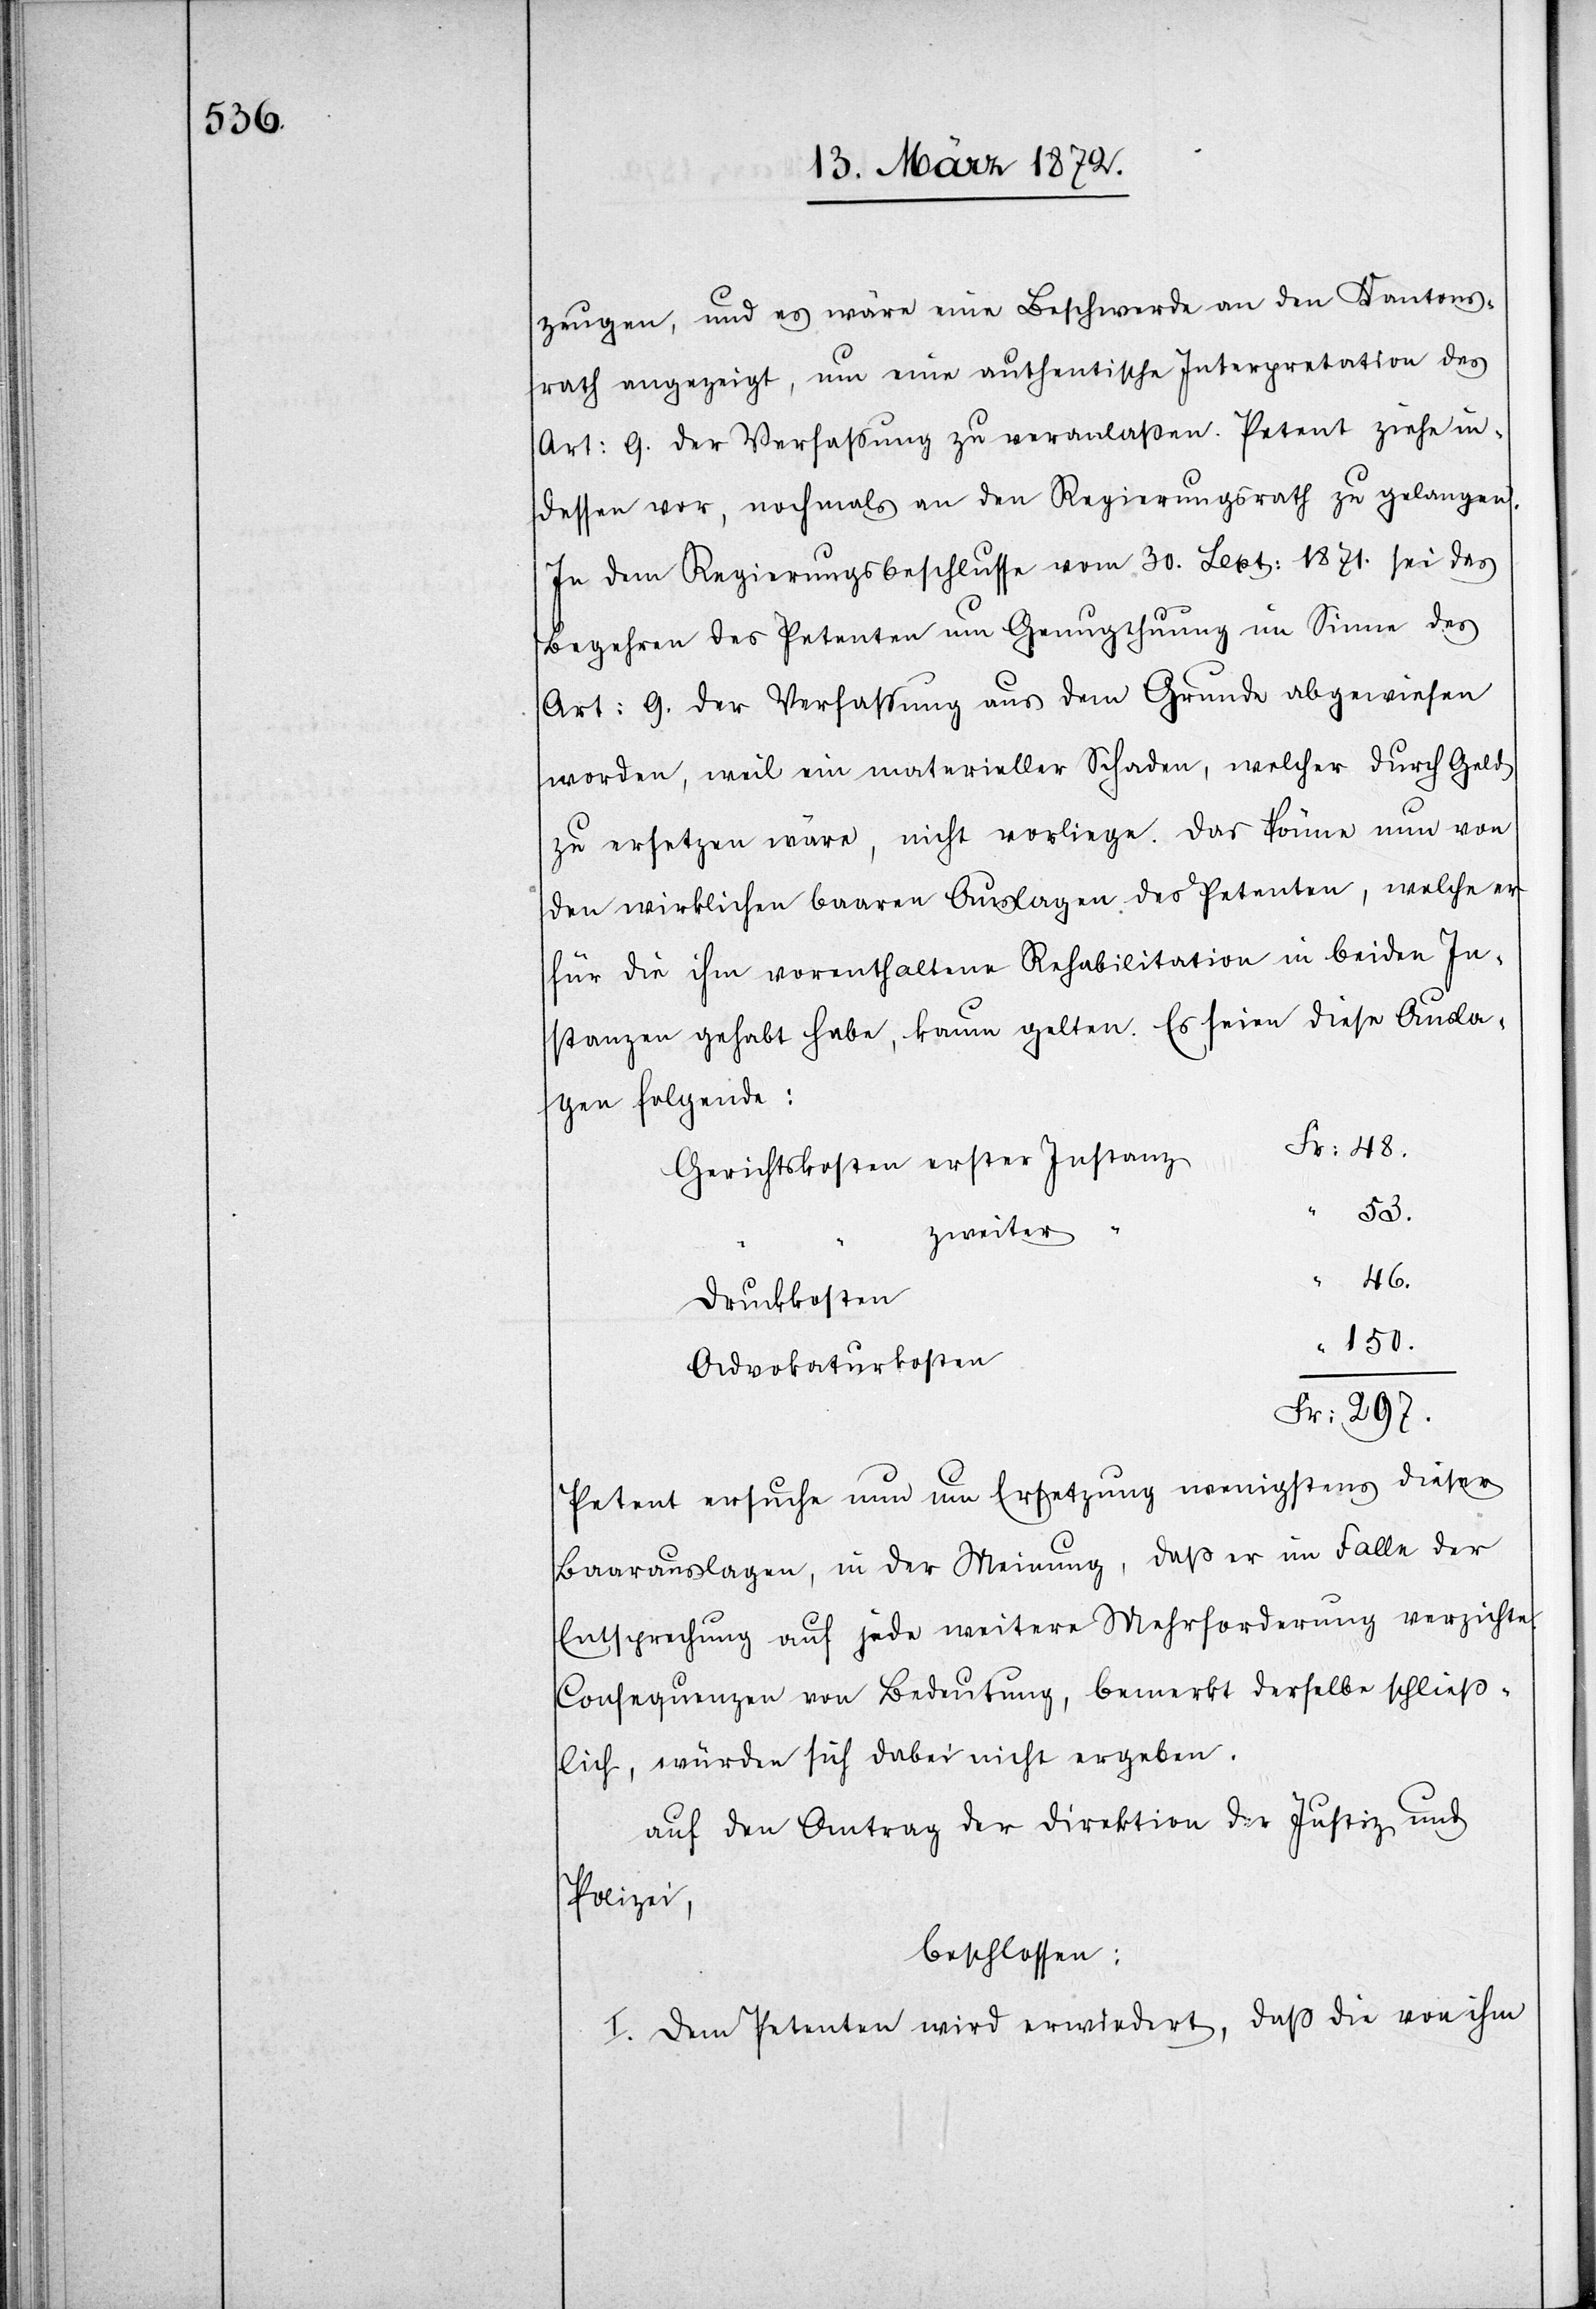
zeugen, und es wäre eine Beschwerde an den Kantons¬
rath angezeigt, um eine authentische Interpretation des
Art: 9. der Verfassung zu veranlaßen. Petent ziehe in¬
dessen vor, nochmals an den Regierungsrath zu gelangen.
In dem Regierungsbeschlusse vom 30. Sept: 1871. sei das
Begehren des Petenten um Genugthuung im Sinne des
Art: 9. der Verfassung aus dem Grunde abgewiesen
worden, weil ein materieller Schaden, welcher durch Geld
zu ersetzen wäre, nicht vorliege. Das könne nun von
den wirklichen baaren Auslagen des Petenten, welche er
für die ihm vorenthaltene Rehabilitation in beiden In¬
stanzen gehabt habe, kaum gelten. Es seien diese Ausla¬
gen folgende:
Fr: 48.
Gerichtskosten erster Instanz
53.
zweiter
“
46.
Druckkosten
150.
Advokaturkosten
Fr: 297.
Petent ersuche nun um Ersetzung wenigstens dieser
Baarauslagen, in der Meinung, daß er im Falle der
Entsprechung auf jede weitere Mehrforderung verzichte.
Consequenzen von Bedeutung, bemerkt derselbe schließ¬
lich, würden sich dabei nicht ergeben.
auf den Antrag der Direktion der Justiz und
Polizei,
beschlossen:
I. Dem Petenten wird erwiedert, daß die von ihm